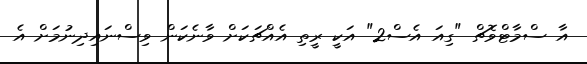
އާ ސްމާޓްވޮޗް "ގިއަ އެސް2" އަކީ ރީތި އެއްޗަކަށް ވާނެކަން ވިސްނައިދިނުމަށް އެ